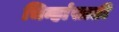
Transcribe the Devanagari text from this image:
चिन्हांसाठी